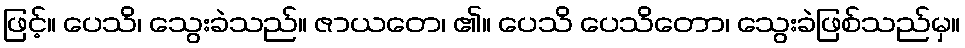
ဖြင့်။ ပေသိ၊ သွေးခဲသည်။ ဇာယတေ၊ ၏။ ပေသိ ပေသိတော၊ သွေးခဲဖြစ်သည်မှ။